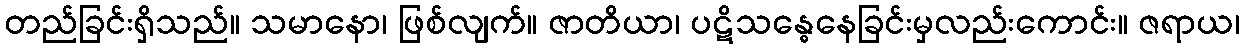
တည်ခြင်းရှိသည်။ သမာနော၊ ဖြစ်လျက်။ ဇာတိယာ၊ ပဋိသန္ဓေနေခြင်းမှလည်းကောင်း။ ဇရာယ၊